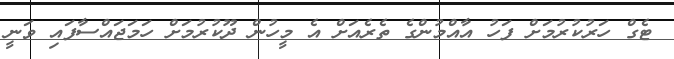
ޓެގް ހަރުކުރުމަށް ފަހު އާއްމުންގެ ތެރެއަށް އެ މީހުން ދޫކުރުމަށް ހަމަޖައްސާފައި ވަނީ